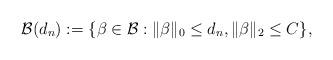
LaTeX: \begin{align*} \mathcal B(d_n) :=\{ \beta \in \mathcal B: \|\beta\|_0 \leq d_n , \|\beta\|_2 \leq C\},\end{align*}